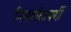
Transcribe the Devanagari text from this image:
निमहरितपर्णी